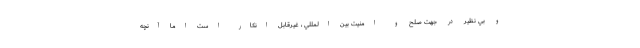
و بي نظير در جهت صلح و امنيت بين المللي ، غيرقابل انكار است اما آنچه